Indian journal of veterinary science and animal husbandry - Volume 13,
Year: 1943
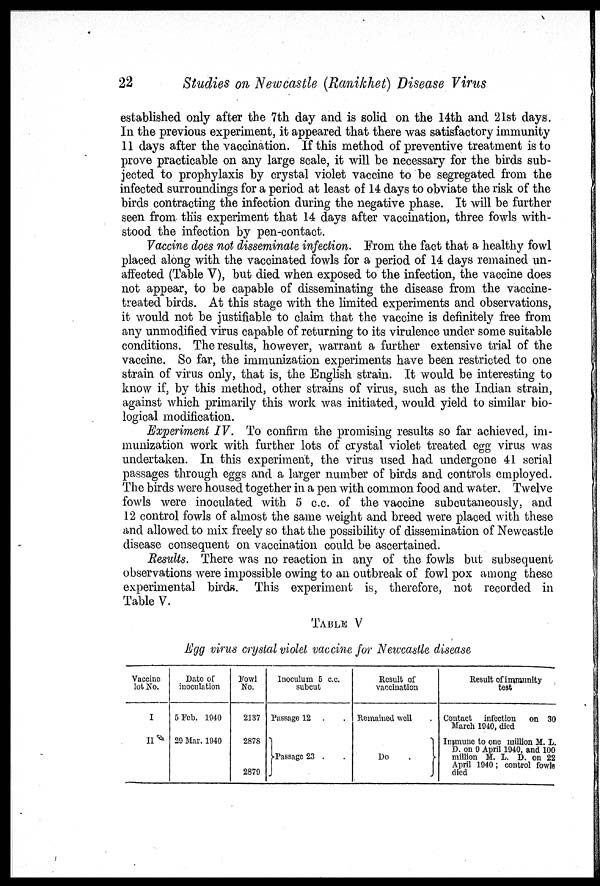
22
Studies on Newcastle (Ranikhet) Disease Virus
established only after the 7th day and is solid on the 14th and 21st days.
In the previous experiment, it appeared that there was satisfactory immunity
11 days after the vaccination. If this method of preventive treatment is to
prove practicable on any large scale, it will be necessary for the birds sub-
jected to prophylaxis by crystal violet vaccine to be segregated from the
infected surroundings for a period at least of 14 days to obviate the risk of the
birds contracting the infection during the negative phase. It will be further
seen from this experiment that 14 days after vaccination, three fowls with-
stood the infection by pen-contact.
Vaccine does not disseminate infection. From the fact that a healthy fowl
placed along with the vaccinated fowls for a period of 14 days remained un-
affected (Table V), but died when exposed to the infection, the vaccine does
not appear, to be capable of disseminating the disease from the vaccine-
treated birds. At this stage with the limited experiments and observations,
it would not be justifiable to claim that the vaccine is definitely free from
any unmodified virus capable of returning to its virulence under some suitable
conditions. The results, however, warrant a further extensive trial of the
vaccine. So far, the immunization experiments have been restricted to one
strain of virus only, that is, the English strain. It would be interesting to
know if, by this method, other strains of virus, such as the Indian strain,
against which primarily this work was initiated, would yield to similar bio-
logical modification.
Experiment IV. To confirm the promising results so far achieved, im-
munization work with further lots of crystal violet treated egg virus was
undertaken. In this experiment, the virus used had undergone 41 serial
passages through eggs and a larger number of birds and controls employed.
The birds were housed together in a pen with common food and water. Twelve
fowls were inoculated with 5 c.c. of the vaccine subcutaneously, and
12 control fowls of almost the same weight and breed were placed with these
and allowed to mix freely so that the possibility of dissemination of Newcastle
disease consequent on vaccination could be ascertained.
Results. There was no reaction in any of the fowls but subsequent
observations were impossible owing to an outbreak of fowl pox among these
experimental birds. This experiment is, therefore, not recorded in
Table V.
TABLE V
Egg virus crystal violet vaccine for Newcastle disease
Vaccine
lot No.
I
II
Date of
inoculation
5 Feb. 1940
29 Mar. 1940
Fowl
No.
2137
2878
2879
Inoculum 5 c.c.
subcut
Passage 12 . .
Passage 23 . .
Result of
vaccination
Remained well .
Do
.
Result of immunity
test
Contact infection on 30
March 1940, died
Immune to one million M. L.
D. on 9 April 1940, and 100
million M. L. D. on 22
April 1940; control fowls
died